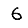
Digit: 6